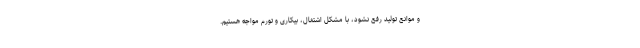
و موانع تولید رفع نشود، با مشکل اشتغال، بیکاری و تورم مواجه هستیم.